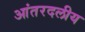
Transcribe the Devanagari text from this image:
आंतरदलीय